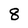
Character: 8